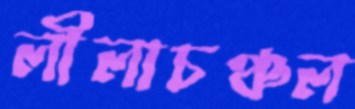
লীলাচঞ্চল